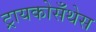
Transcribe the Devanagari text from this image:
ट्रायकोसँथेस